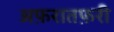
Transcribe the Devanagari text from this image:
अफ़रातफ़री